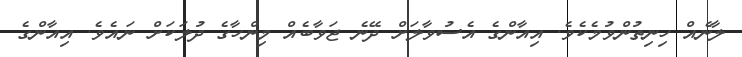
ލާނެއް ހިނިތުންވުމެކެެވެ. އިއާންގެ އެސުވާލަށް ދޭނެ ޖަވާބެއް މިންހާގެ ދުލަކަށް ނައެވެ. އިއާންގެ